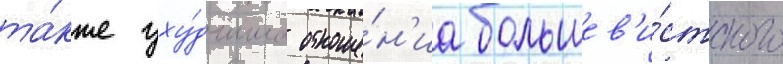
та́кже уху́дшило отноше́н'иа большев'и́стского